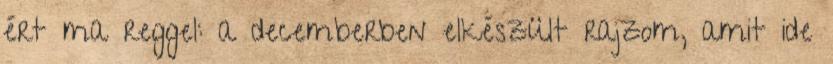
ért ma reggel: a decemberben elkészült rajzom, amit ide